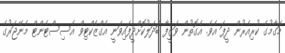
މަގާމުގެ ކުރިއެރުން ދީފަ އެވެ. އެގޮތުން ވަޒީފާ ބަދަލުކޮށްދީފައިވަނީ އެގްޒެކްޓިވް އެސިސްޓެންޓް މެނޭޖަރުގެ